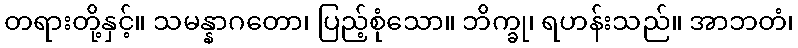
တရားတို့နှင့်။ သမန္နာဂတော၊ ပြည့်စုံသော။ ဘိက္ခု၊ ရဟန်းသည်။ အာဘတံ၊